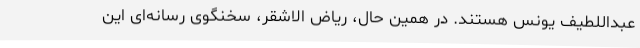
عبداللطیف یونس هستند. در همین حال، ریاض الاشقر، سخنگوی رسانه‌ای این